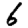
Digit: 6